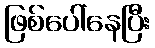
ဖြစ်ပေါ်နေပြီး